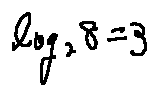
\log _ { 2 } 8 = 3